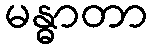
မန္ဓာတာ